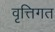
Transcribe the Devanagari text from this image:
वृत्तिगत